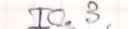
IC.3